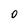
Character: 0